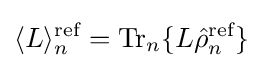
\langle L\rangle _{n}^{\text{ref}}={\text{Tr}}_{n}\{L{\hat {\rho }}_{n}^{\text{ref}}\}